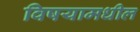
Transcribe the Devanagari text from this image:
विषयामधील